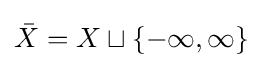
{\bar {X}}=X\sqcup \{-\infty ,\infty \}